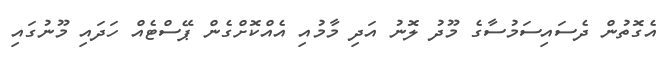
އެގޮތުން ދެސައިސަމުސާގެ މޫދު ލޮނު އަދި މާމުއި އެއްކޮށްގެން ޕޭސްޓެއް ހަދައި މޫނުގައި